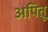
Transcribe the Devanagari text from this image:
अपितू